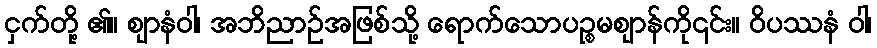
ငှက်တို့ ၏။ ဈာနံဝါ၊ အဘိညာဉ်အဖြစ်သို့ ရောက်သောပဉ္စမဈာန်ကို၎င်း။ ဝိပဿနံ ဝါ၊